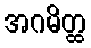
အဂမိတ္ထ